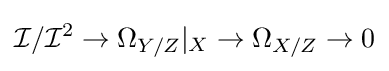
{\mathcal {I}}/{\mathcal {I}}^{2}\to \Omega _{Y/Z}|_{X}\to \Omega _{X/Z}\to 0